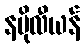
နပိုလီယန်